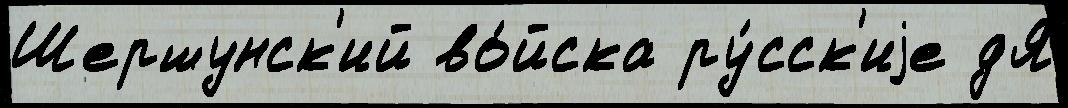
Шершунск'ий во́йска ру́сск'иjе дЯ